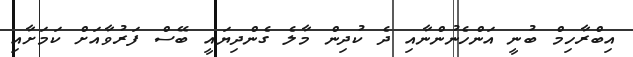
އިބްރާހިމް ބުނީ އަންހެނުންނާއި ދެ ކުދިން މާލެ ގެންދިޔައީ ބޭސް ފަރުވާއަށް ކަމަށާއި